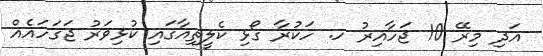
އަދި މިރޭ 10 ޖަހާއިރު ހ. ހަކުރާ ގޯޅި ކެލީތިއާގައި ކުޅިވަރު ޖަގަހައެއް